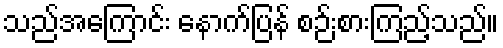
သည်အကြောင်း နောက်ပြန် စဉ်းစားကြည့်သည်။